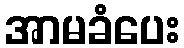
အာမခံပေး